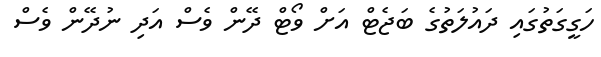
ހަގީގަތުގައި ދައުލަތުގެ ބަޖެޓް އަށް ވޯޓް ދޭން ވެސް އަދި ނުދޭން ވެސް